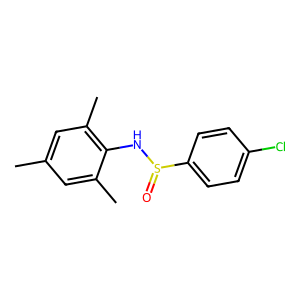
SMILES: Cc1cc(C)c(NS(=O)c2ccc(Cl)cc2)c(C)c1
Inhibits HIV replication: No